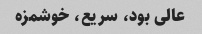
عالی بود، سریع، خوشمزه